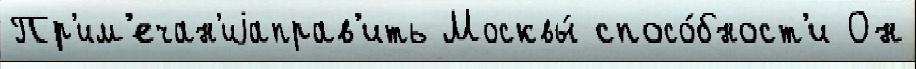
Пр'им'ечан'иjаправ'ить Москвы́ спосо́бност'и Он